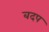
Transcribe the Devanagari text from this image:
बदप